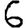
Digit: 6